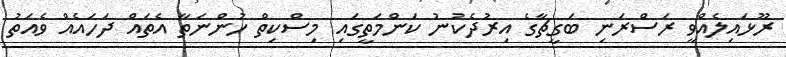
ރޫޅައިލެއްވީ ރަސްރަނި ބަގީޗާގެ އިރުދެކުނު ކަންމަތީގައި މިސްކިތް ހުންނަތާ އެތައް ދަހައެއް ވެއަތު